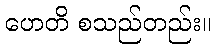
ဟေတိ စသည်တည်း။